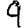
Digit: 9